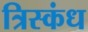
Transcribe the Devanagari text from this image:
त्रिस्कंध